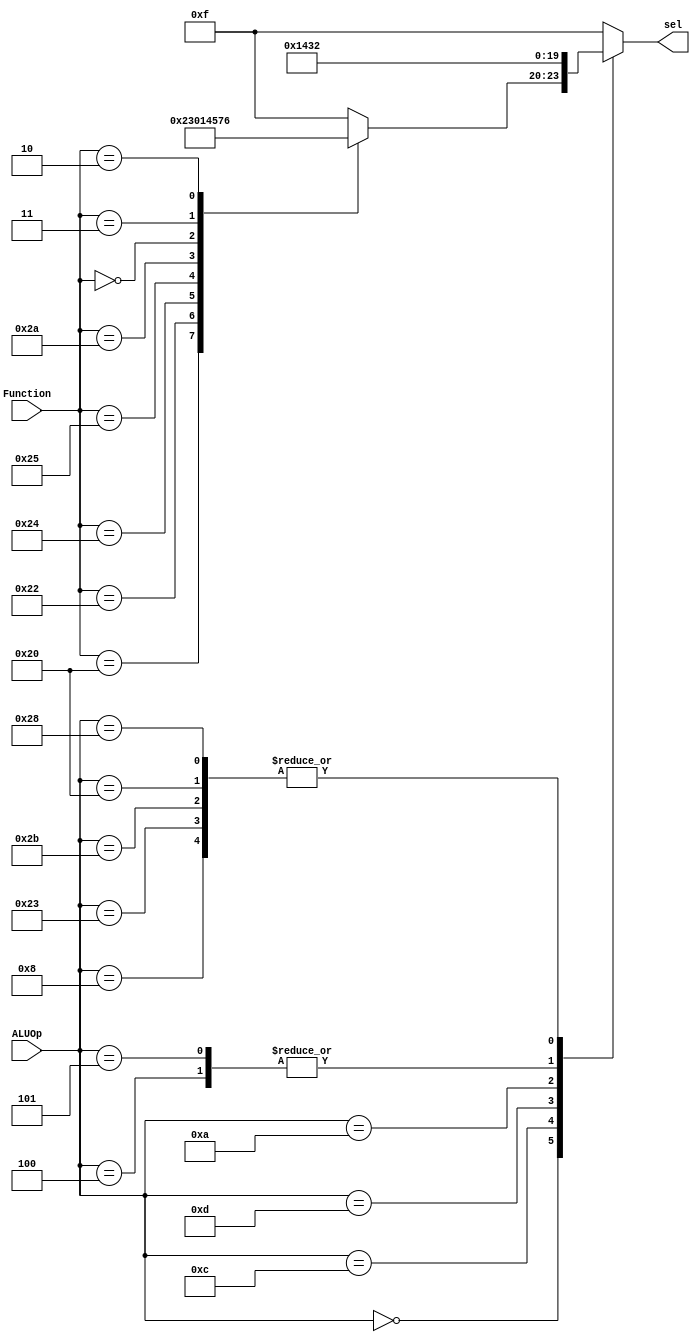
module ALU_control(sel, Function, ALUOp);

output	[3:0]	sel;
input	[5:0]	Function;
input	[5:0]	ALUOp;
reg 	[3:0]	sel;

 // R_type 	Function 
parameter		add	= 6'b100000;
parameter		sub	= 6'b100010;
parameter		andd	= 6'b100100;
parameter		orr	= 6'b100101;
parameter		slt	= 6'b101010;
parameter		sll	= 6'b000000;
parameter		sra	= 6'b000011;
parameter		srl	= 6'b000010;



// I_type	ALUOp
parameter		Rtype	= 6'b000000;
parameter		addi	= 6'b001000;
parameter		andi	= 6'b001100;
parameter		ori	= 6'b001101;
parameter		slti	= 6'b001010;
parameter		beq	= 6'b000100;
parameter		bne	= 6'b000101;
parameter		lw	= 6'b100011;
parameter		sw	= 6'b101011;
parameter		lb	= 6'b100000;
parameter		sb	= 6'b101000;


// sel
parameter		AND	= 4'b0000;
parameter		OR	= 4'b0001;
parameter		ADD	= 4'b0010;
parameter		SUB	= 4'b0011;
parameter	  	SLT	= 4'b0100;
parameter		SLL	= 4'b0101;
parameter		SRL	= 4'b0110;
parameter		SRA	= 4'b0111;
parameter		NOP	= 4'b1111;




/////////////////////////////////////////////////////////////////////////////////
				
always@(ALUOp or Function)
	case (ALUOp)
		Rtype:	case(Function)
				add:	sel = ADD;
				sub:	sel = SUB;
				andd:	sel = AND;
				orr:	sel = OR;
				slt:	sel = SLT;
				sll:	sel = SLL;
				sra: 	sel = SRA;
				srl:	sel = SRL;
				default:	sel = NOP;	
			endcase
		addi:	sel = ADD;
		andi:        sel = AND;
		ori:	sel = OR;
		slti:	sel = SLT;
		beq:	sel = SUB;
		bne:	sel = SUB;
		lw:	sel = ADD;
		sw:	sel = ADD;
		lb:	sel = ADD;
		sb:	sel = ADD;

		default:	sel = NOP;	
	endcase

endmodule